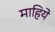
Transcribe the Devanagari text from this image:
माहिये